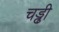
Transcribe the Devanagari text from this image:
चड्ढी